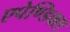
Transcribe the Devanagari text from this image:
एपेण्डिक्स